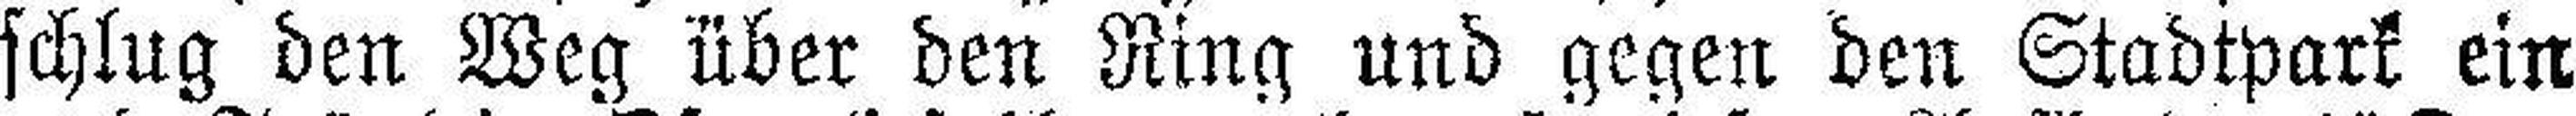
schlug den Weg über den Ring und gegen den Stadtpark ein